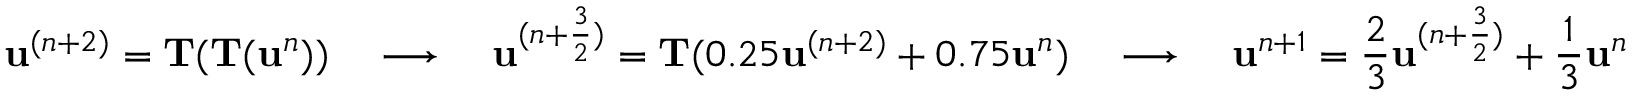
\mathbf u ^ { ( n + 2 ) } = \mathbf T ( \mathbf T ( \mathbf u ^ { n } ) ) \quad \longrightarrow \quad \mathbf u ^ { ( n + \frac { 3 } { 2 } ) } = \mathbf T ( 0 . 2 5 \mathbf u ^ { ( n + 2 ) } + 0 . 7 5 \mathbf u ^ { n } ) \quad \longrightarrow \quad \mathbf u ^ { n + 1 } = \frac { 2 } { 3 } \mathbf u ^ { ( n + \frac { 3 } { 2 } ) } + \frac { 1 } { 3 } \mathbf u ^ { n }